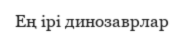
Ең ірі динозаврлар